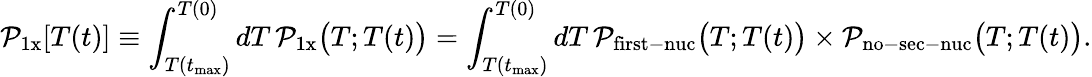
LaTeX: \mathcal{P}_{\mathrm{{1x}}}[T(t)]\equiv\int_{T(t_{\mathrm{{max}}})}^{T(0)}dT\, \mathcal{P}_{\mathrm{{1x}}}\big(T;T(t)\big)=\int_{T(t_{\mathrm{{max}}})}^{T(0)}dT\, \mathcal{P}_{\mathrm{{first-nuc}}}\big(T;T(t)\big)\times\mathcal{P}_{\mathrm{{no-sec-nuc}}}\big(T;T(t)\big).